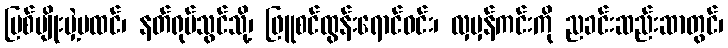
ပြစ်မျိုးမှဲ့မထင်၊ နတ်ရုပ်သွင်သို့၊ ဖြူစင်ထွန်းရောင်ဝင်း၊ လှမှန်ကင်းကို ညခင်းဆည်းဆာတွင်၊